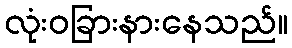
လုံးဝခြားနားနေသည်။